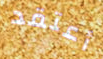
أعتقد